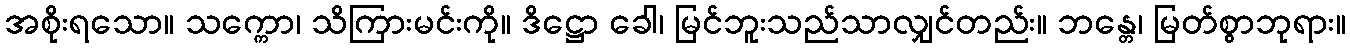
အစိုးရသော။ သက္ကော၊ သိကြားမင်းကို။ ဒိဋ္ဌော ခေါ၊ မြင်ဘူးသည်သာလျှင်တည်း။ ဘန္တေ၊ မြတ်စွာဘုရား။